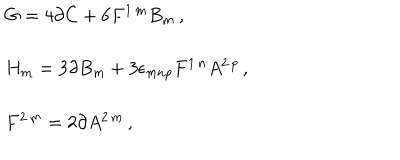
\begin{array} { r c l } { { } } & { { } } & { { G = 4 \partial C + 6 F ^ { 1 \, m } B _ { m } \, , } } \\ { { } } & { { } } & { { } } \\ { { } } & { { } } & { { H _ { m } = 3 \partial B _ { m } + 3 \epsilon _ { m n p } F ^ { 1 \, n } A ^ { 2 \, p } \, , } } \\ { { } } & { { } } & { { } } \\ { { } } & { { } } & { { F ^ { 2 \, m } = 2 \partial A ^ { 2 \, m } \, , } } \\ \end{array}